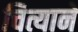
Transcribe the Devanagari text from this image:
चित्याने